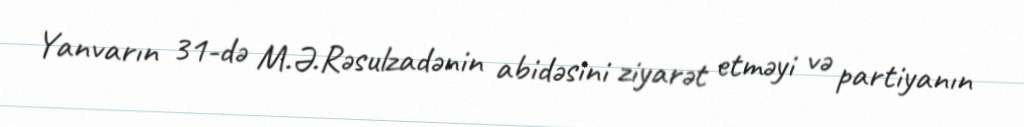
Yanvarın 31-də M.Ə.Rəsulzadənin abidəsini ziyarət etməyi və partiyanın